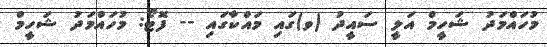
މުހައްމަދު ޝަހީމް އަލީ ސައީދު (ވ)ގައި މައްކާގައި -- ފޮޓޯ: މުހައްމަދު ޝަހީމް